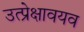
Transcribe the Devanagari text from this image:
उत्प्रेक्षावयव